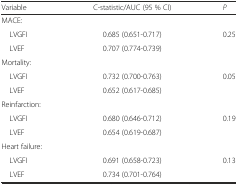
<table><thead><tr><td><b>Variable</b></td><td><b>C-statistic/AUC (95 % CI)</b></td><td><b><i>P</i></b></td></tr></thead><tbody><tr><td>MACE:</td><td></td><td></td></tr><tr><td> LVGFI</td><td>0.685 (0.651-0.717)</td><td rowspan="2">0.25</td></tr><tr><td> LVEF</td><td>0.707 (0.774-0.739)</td></tr><tr><td>Mortality:</td><td></td><td></td></tr><tr><td> LVGFI</td><td>0.732 (0.700-0.763)</td><td rowspan="2">0.05</td></tr><tr><td> LVEF</td><td>0.652 (0.617-0.685)</td></tr><tr><td>Reinfarction:</td><td></td><td></td></tr><tr><td> LVGFI</td><td>0.680 (0.646-0.712)</td><td rowspan="2">0.19</td></tr><tr><td> LVEF</td><td>0.654 (0.619-0.687)</td></tr><tr><td>Heart failure:</td><td></td><td></td></tr><tr><td> LVGFI</td><td>0.691 (0.658-0.723)</td><td rowspan="2">0.13</td></tr><tr><td> LVEF</td><td>0.734 (0.701-0.764)</td></tr></tbody></table>